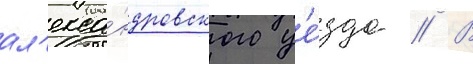
ал'екса́ндровского уе́зда // В